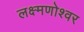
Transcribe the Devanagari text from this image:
लक्ष्मणोश्वर